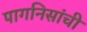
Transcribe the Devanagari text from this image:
पागनिसांची